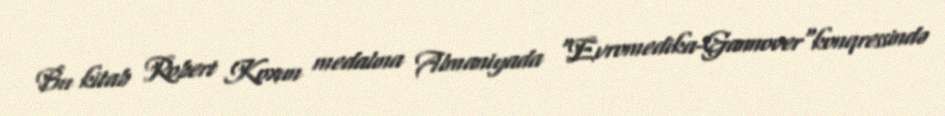
Bu kitab Robert Koxun medalına Almaniyada "Evromedika-Gannover"konqressində